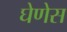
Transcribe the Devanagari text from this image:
घेणेस